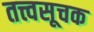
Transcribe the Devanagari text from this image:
तत्त्वसूचक